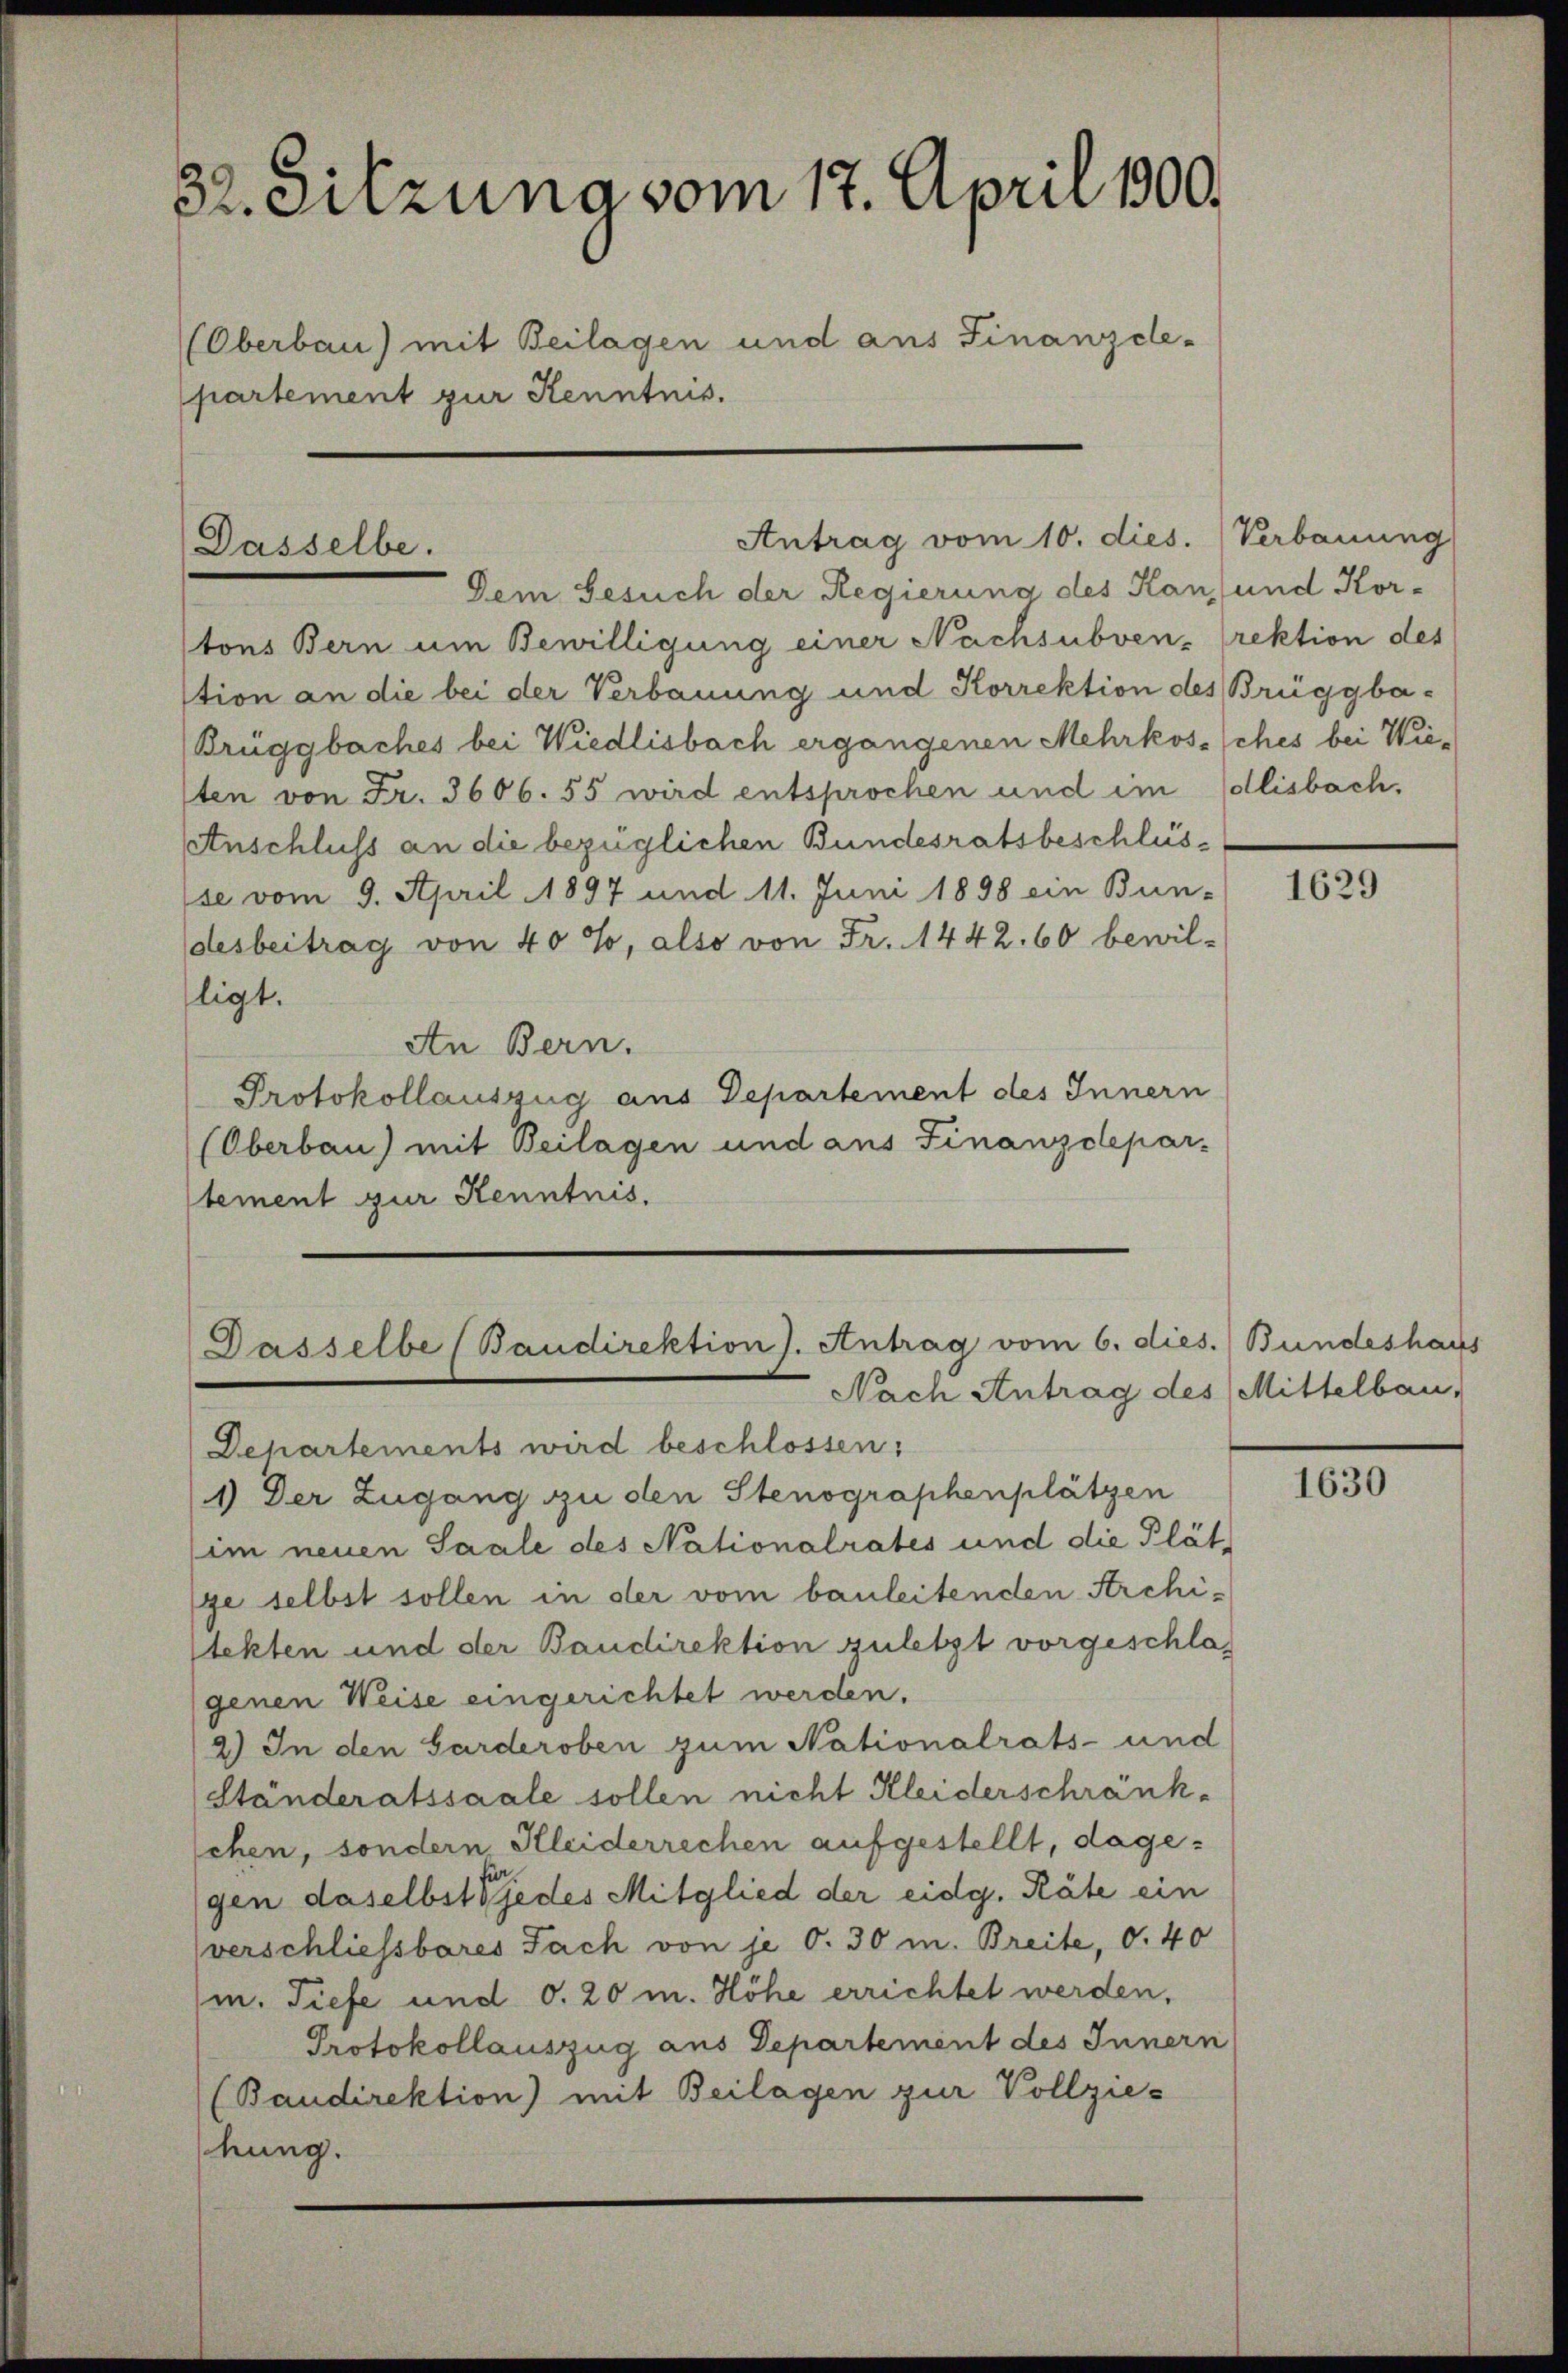
32. Sitzuna vom 17. April 100.
Oberbau) mit Beilagen und aus Finanzdepartement zur Kenntnis.

Dasselbe.

Dasselbe (Baudirektion J. Antrag vom 6. dies. Bundeshaus
Nach Antrag des Mittelbau,

Antrag vom 10. dies. (Verbauung

Dem Gesuch der Regierung des Kan und Kor-
tons Bern um Bewilligung einer Nachsubven-rektion des
stion an die bei der Verbauung und Korrektion des Brüggba-
Brüggbaches bei Wiedlisbach ergangenen Mehrkos sches bei Wiesten von Fr. 3606. 55 wird entsprochen und im Collisbach.
AAnschluss an die bezüglichen Bundesratsbeschlüs¬
(se vom 9. April 1897 und 11. Juni 1898 ein Bun-
desbeitrag von 40 %, also von Fr. 1442. 60 bewil-
ligt.
An Bern.
Protokollauszug aus Departement des Innern
(Oberbau) mit Beilagen und aus Finanzdepar-
tement zur Kenntnis.

Departements wird beschlossen:
1) Der Zugang zu den Stenographenplätzen
im neuen Saale des Nationalrates und die Plät
ge selbst sollen in der vom bauleitenden Archistekten und der Baudirektion zuletzt vorgeschlaf
genen Weise eingerichtet werden.
2) In den Garderoben zum Nationalrats- und
Ständeratssaale sollen nicht Kleiderschränk-
schen, sondern Kleiderrechen aufgestellt, dagegen daselbst jedes Mitglied der eidg. Räte ein
verschliessbares Fach von je O. 30 m. Breite, S. 40
m. Tiefe und d. 20 m. Höhe errichtet werden,
Protokollauszug aus Departement des Innern
(Baudirektion) mit Beilagen zur Vollziehung.

1629

1630